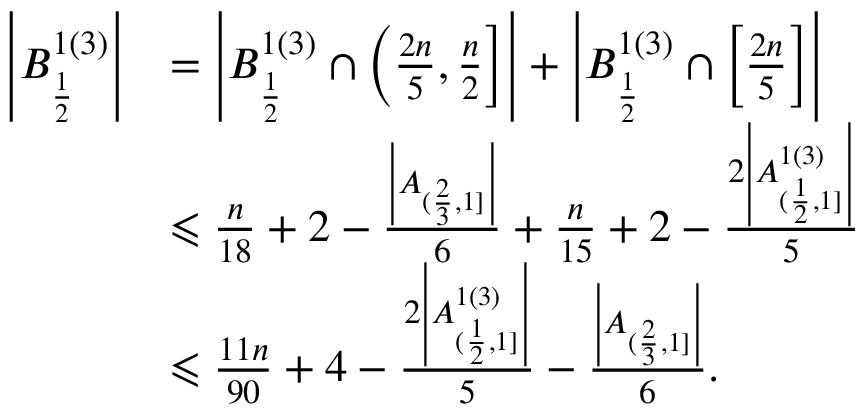
\begin{array} { r l } { \left| B _ { \frac { 1 } { 2 } } ^ { 1 ( 3 ) } \right| } & { = \left| B _ { \frac { 1 } { 2 } } ^ { 1 ( 3 ) } \cap \left( \frac { 2 n } { 5 } , \frac { n } { 2 } \right] \right| + \left| B _ { \frac { 1 } { 2 } } ^ { 1 ( 3 ) } \cap \left[ \frac { 2 n } { 5 } \right] \right| } \\ & { \leqslant \frac { n } { 1 8 } + 2 - \frac { \left| A _ { ( \frac { 2 } { 3 } , 1 ] } \right| } { 6 } + \frac { n } { 1 5 } + 2 - \frac { 2 \left| A _ { ( \frac { 1 } { 2 } , 1 ] } ^ { 1 ( 3 ) } \right| } { 5 } } \\ & { \leqslant \frac { 1 1 n } { 9 0 } + 4 - \frac { 2 \left| A _ { ( \frac { 1 } { 2 } , 1 ] } ^ { 1 ( 3 ) } \right| } { 5 } - \frac { \left| A _ { ( \frac { 2 } { 3 } , 1 ] } \right| } { 6 } . } \end{array}